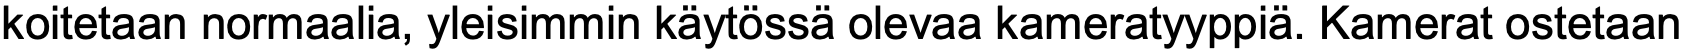
koitetaan normaalia, yleisimmin käytössä olevaa kameratyyppiä. Kamerat ostetaan